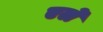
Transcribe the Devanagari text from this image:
एर्ले